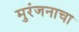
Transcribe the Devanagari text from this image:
मुरंजनाचा